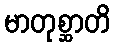
မာတုစ္ဆာတိ